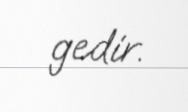
gedir.